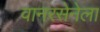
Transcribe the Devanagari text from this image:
वानरसेनेला